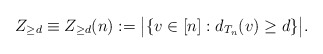
\begin{align*}Z_{\geq d} \equiv Z_{\geq d}(n):=\big\vert \{v\in [n]: d_{T_n}(v)\geq d \}\big\vert. \end{align*}